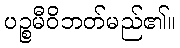
ပဉ္စမီဝိဘတ်မည်၏။